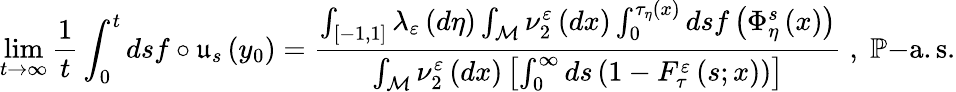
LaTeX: \operatorname*{lim}_{t\rightarrow\infty}\frac{1}{t}\int_{0}^{t}dsf\circ\mathfrak{u}_{s}\left(y_{0}\right)=\frac{\int_{\left[-1,1\right]}\lambda_{\varepsilon}\left(d\eta\right)\int_{\mathcal{M}}\nu_{2}^{\varepsilon}\left(dx\right)\int_{0}^{\tau_{\eta}\left(x\right)}dsf\left(\Phi_{\eta}^{s}\left(x\right)\right)}{\int_{\mathcal{M}}\nu_{2}^{\varepsilon}\left(dx\right)\left[\int_{0}^{\infty}ds\left(1-F_{\tau}^{\varepsilon}\left(s;x\right)\right)\right]}\; ,\; \mathbb{P}\mathrm{-a.s.}